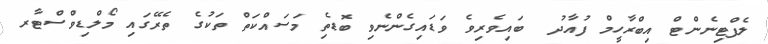
ލެފްޓިނެންޓް އިބްރާހީމް ފުއާދު  ބައިވެރިވެ ވަޑައިގެންނެވި ބޮޑެތި މަސައްކަތް ތަކުގެ ތެރޭގައި މޯލްޑިވްސްޓާރ